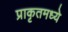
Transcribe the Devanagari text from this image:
प्राकृतमध्ये